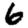
Digit: 6